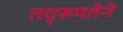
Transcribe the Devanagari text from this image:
तद्‌रूपतेने